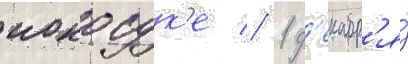
иокосук'е // 1 д'екабр'я́